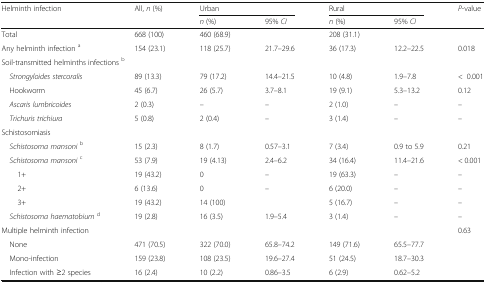
<table><thead><tr><td rowspan="2"><b>Helminth infection</b></td><td rowspan="2"><b>All, <i>n</i> (%)</b></td><td colspan="2"><b>Urban</b></td><td colspan="2"><b>Rural</b></td><td rowspan="2"><b><i>P</i>-value</b></td></tr><tr><td><b><i>n</i> (%)</b></td><td><b>95% <i>CI</i></b></td><td><b><i>n</i> (%)</b></td><td><b>95% <i>CI</i></b></td></tr></thead><tbody><tr><td>Total</td><td>668 (100)</td><td>460 (68.9)</td><td></td><td>208 (31.1)</td><td></td><td></td></tr><tr><td>Any helminth infection <sup>a</sup></td><td>154 (23.1)</td><td>118 (25.7)</td><td>21.7–29.6</td><td>36 (17.3)</td><td>12.2–22.5</td><td>0.018</td></tr><tr><td colspan="7">Soil-transmitted helminths infections <sup>b</sup></td></tr><tr><td> <i>Strongyloides stercoralis</i></td><td>89 (13.3)</td><td>79 (17.2)</td><td>14.4–21.5</td><td>10 (4.8)</td><td>1.9–7.8</td><td>&lt;0.001</td></tr><tr><td> Hookworm</td><td>45 (6.7)</td><td>26 (5.7)</td><td>3.7–8.1</td><td>19 (9.1)</td><td>5.3–13.2</td><td>0.12</td></tr><tr><td> <i>Ascaris lumbricoides</i></td><td>2 (0.3)</td><td>–</td><td>–</td><td>2 (1.0)</td><td>–</td><td>–</td></tr><tr><td> <i>Trichuris trichiura</i></td><td>5 (0.8)</td><td>2 (0.4)</td><td>–</td><td>3 (1.4)</td><td>–</td><td>–</td></tr><tr><td colspan="7">Schistosomiasis</td></tr><tr><td> <i>Schistosoma mansoni</i><sup>b</sup></td><td>15 (2.3)</td><td>8 (1.7)</td><td>0.57–3.1</td><td>7 (3.4)</td><td>0.9 to 5.9</td><td>0.21</td></tr><tr><td> <i>Schistosoma mansoni</i><sup>c</sup></td><td>53 (7.9)</td><td>19 (4.13)</td><td>2.4–6.2</td><td>34 (16.4)</td><td>11.4–21.6</td><td>&lt; 0.001</td></tr><tr><td>1+</td><td>19 (43.2)</td><td>0</td><td>–</td><td>19 (63.3)</td><td>–</td><td>–</td></tr><tr><td>2+</td><td>6 (13.6)</td><td>0</td><td>–</td><td>6 (20.0)</td><td>–</td><td>–</td></tr><tr><td>3+</td><td>19 (43.2)</td><td>14 (100)</td><td></td><td>5 (16.7)</td><td>–</td><td>–</td></tr><tr><td> <i>Schistosoma haematobium</i><sup>d</sup></td><td>19 (2.8)</td><td>16 (3.5)</td><td>1.9–5.4</td><td>3 (1.4)</td><td>–</td><td>–</td></tr><tr><td colspan="6">Multiple helminth infection</td><td>0.63</td></tr><tr><td> None</td><td>471 (70.5)</td><td>322 (70.0)</td><td>65.8–74.2</td><td>149 (71.6)</td><td>65.5–77.7</td><td></td></tr><tr><td> Mono-infection</td><td>159 (23.8)</td><td>108 (23.5)</td><td>19.6–27.4</td><td>51 (24.5)</td><td>18.7–30.3</td><td></td></tr><tr><td> Infection with ≥2 species</td><td>16 (2.4)</td><td>10 (2.2)</td><td>0.86–3.5</td><td>6 (2.9)</td><td>0.62–5.2</td><td></td></tr></tbody></table>